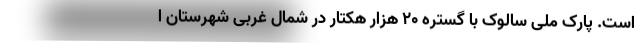
است. پارک ملی سالوک با گستره ۲۰ هزار هکتار در شمال غربی شهرستان ا